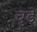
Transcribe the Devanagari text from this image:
चुडे